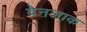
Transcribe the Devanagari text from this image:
वेनलाक